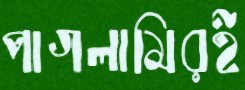
পাগলামিরই